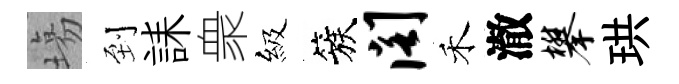
塲到誄衆級簇阁禾澈攀珙